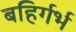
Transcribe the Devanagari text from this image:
बहिर्गर्भ